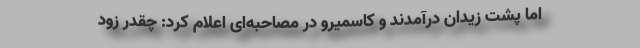
اما پشت زیدان درآمدند و کاسمیرو در مصاحبه‌ای اعلام کرد: چقدر زود